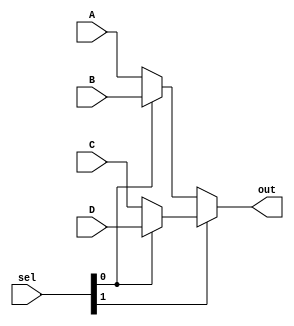
module mux_4to1 
 ( 
	input 	[7:0] 	A,		//   
	input 	[7:0] 	B,		// 
	input	[7:0]	C,
	input	[7:0]	D,

	input	[1:0]	sel,
  
	output	[7:0] 	out
 ); 
  
	assign out = sel[1] ? (sel[0] ? D : C) : (sel[0] ? B : A);
endmodule